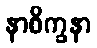
နာစိက္ခနာ